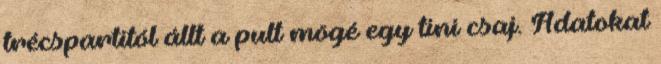
trécspartitól állt a pult mögé egy tini csaj. Adatokat